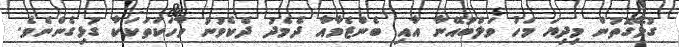
ގުޅޭގޮތުން މިދިޔަ މަހު ވަލްބުއޭނާ އާއި ބެންޒެމާއާ ދެމެދު ދެކެވުނު ވާހަކަތަކަކާ ގުޅިގެންނެވެ.